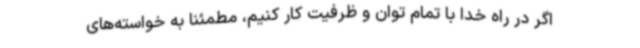
اگر در راه خدا با تمام توان و ظرفیت کار کنیم، مطمئنا به خواسته‌های